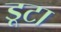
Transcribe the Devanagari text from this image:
डूटा